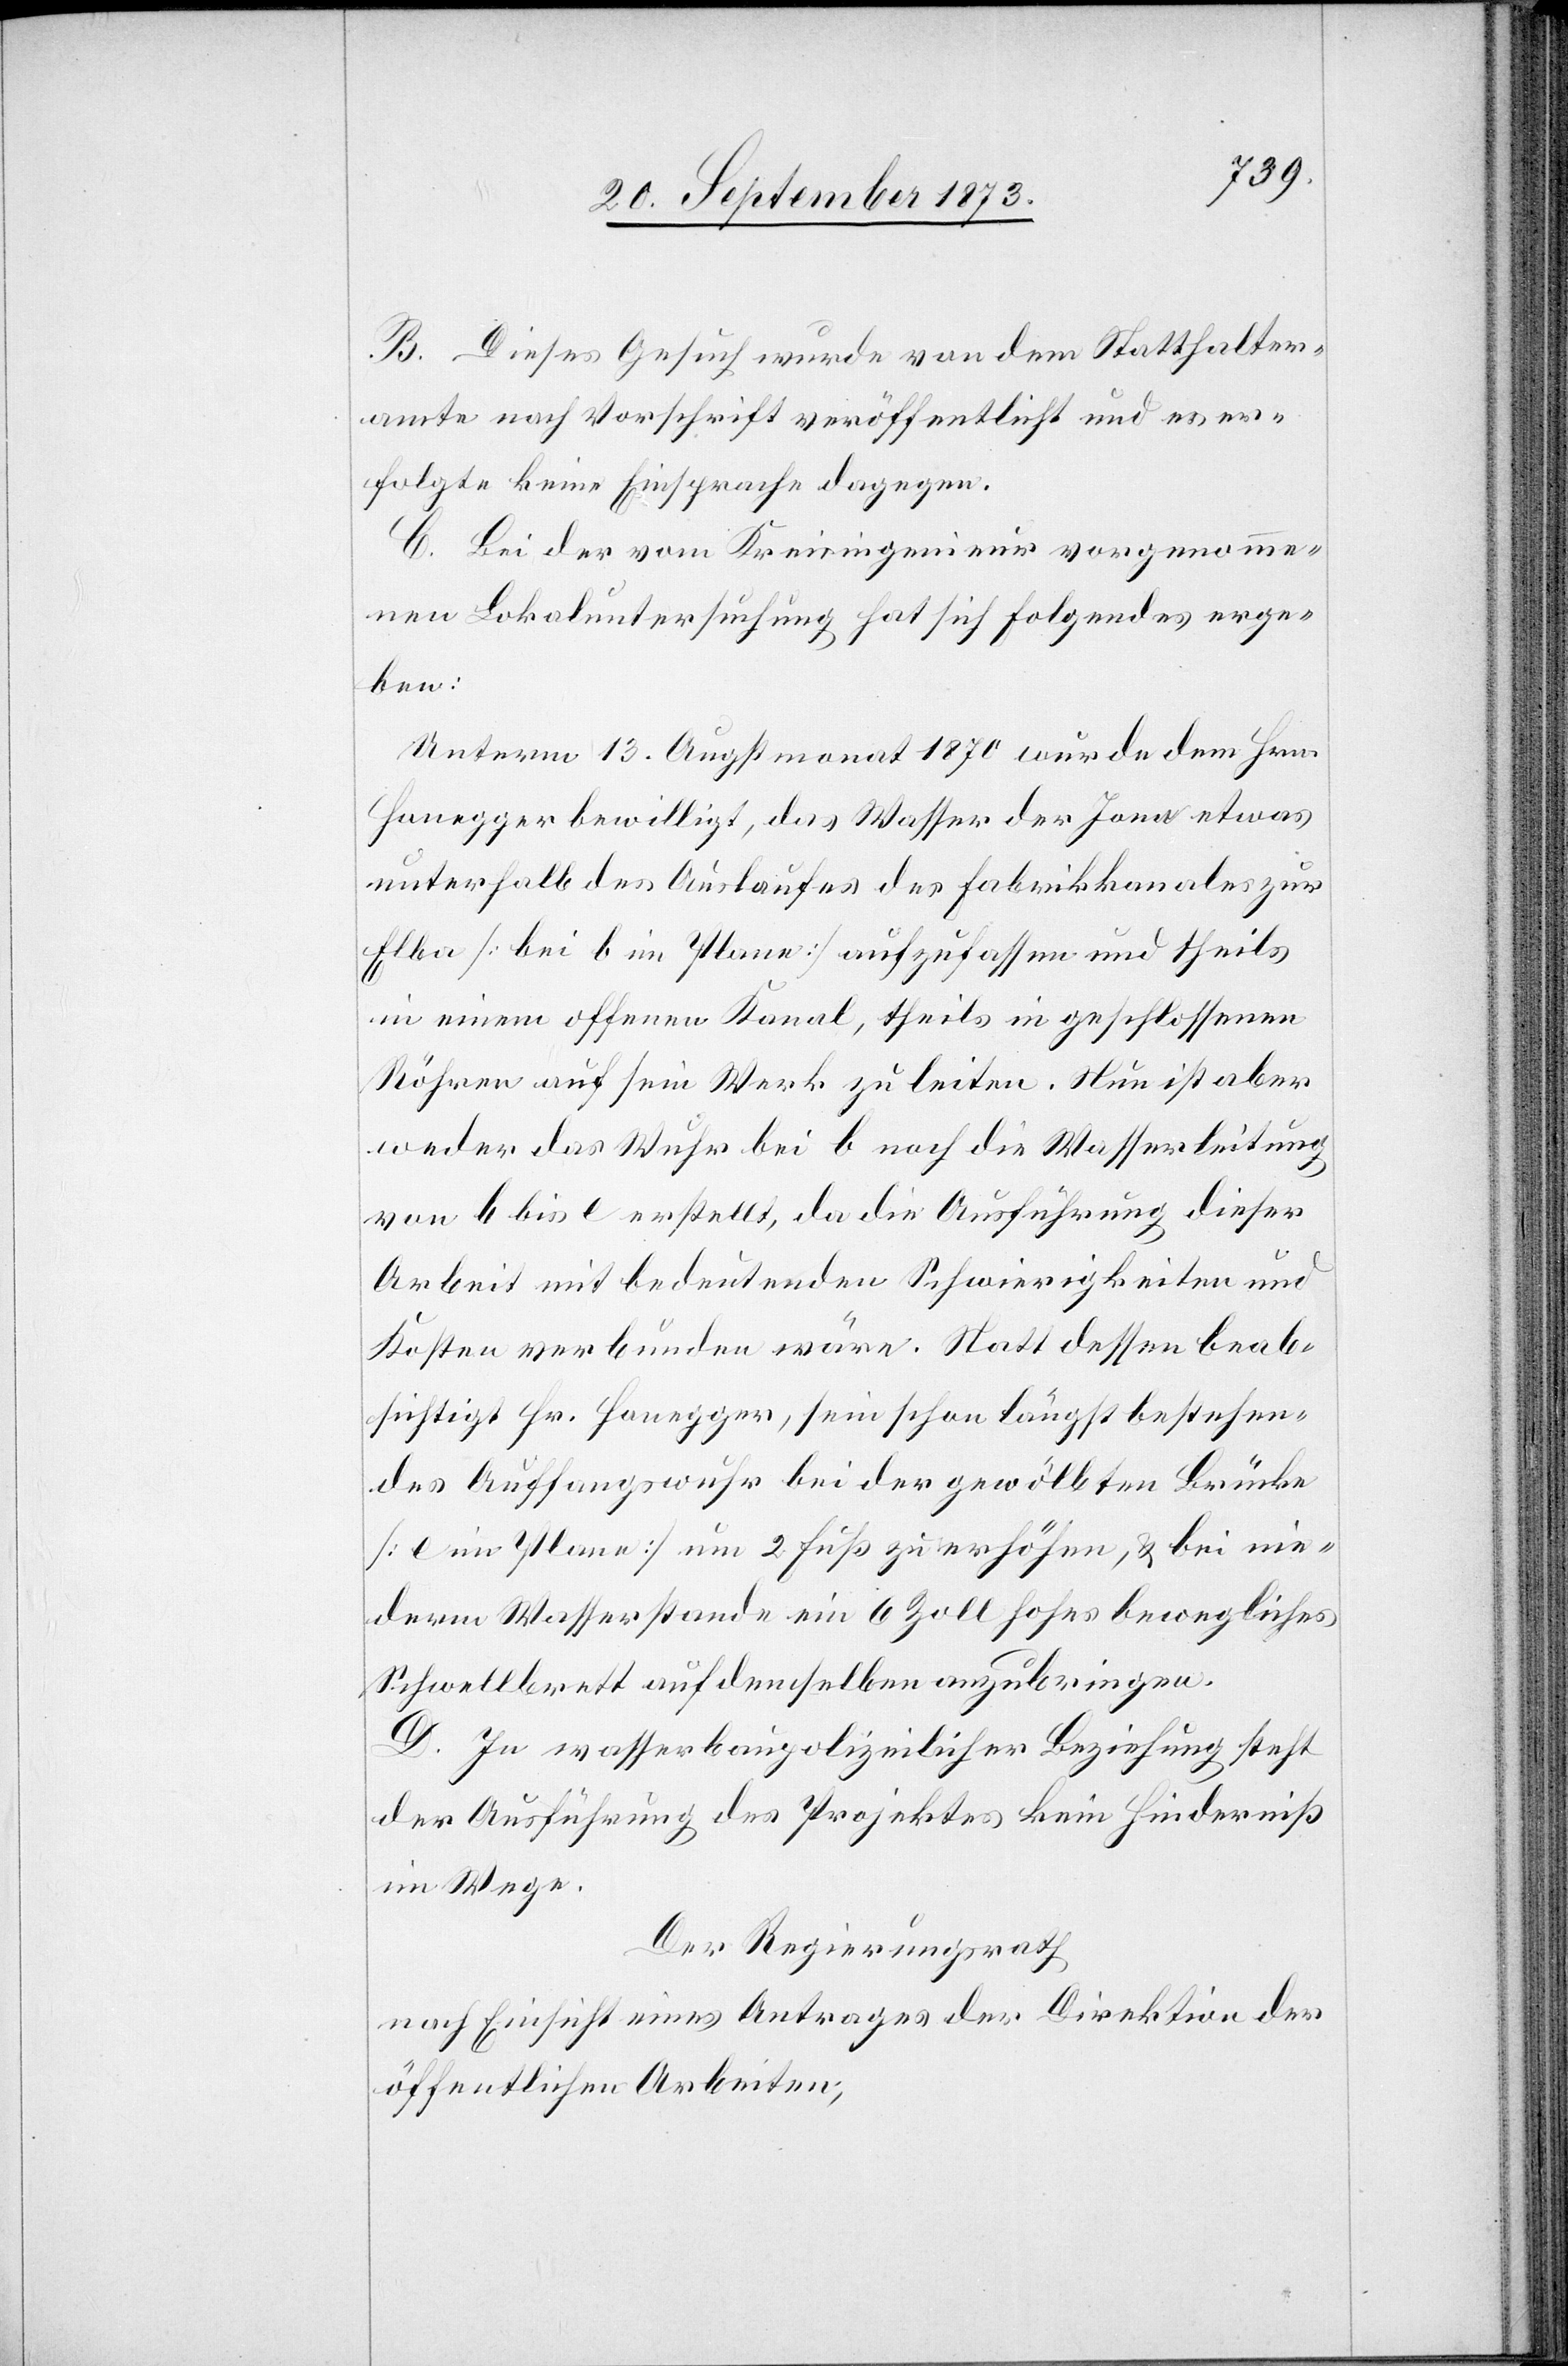
B. Dieses Gesuch wurde von dem Statthalter¬
amte nach Vorschrift veröffentlicht und es er¬
folgte keine Einsprache dagegen.
C. Bei der vom Kreisingenieur vorgenomme¬
nen Lokaluntersuchung hat sich folgendes erge¬
ben:
Unterm 13. Augstmonat 1870 wurde dem Hrn.
Honegger bewilligt, das Wasser der Jona etwas
unterhalb des Auslaufes des Fabrikkanales zur
Elba [bei b im Plane] aufzufassen und theils
in einem offenen Kanal, theils in geschlossenen
Röhren auf sein Werk zu leiten. Nun ist aber
weder das Wuhr bei b noch die Wasserleitung
von b bis c erstellt, da die Ausführung dieser
Arbeit mit bedeutenden Schwierigkeiten und
Kosten verbunden wäre. Statt dessen beab¬
sichtigt Hr. Honegger, sein schon längst bestehen¬
des Auffangswuhr bei der gewölbten Brücke
[e im Plane] um 2 Fuß zu erhöhen, & bei nie¬
derm Wasserstande ein 6 Zoll hohes bewegliches
Schwellbrett auf demselben anzubringen.
D. In wasserbaupolizeilicher Beziehung steht
der Ausführung des Projektes kein Hinderniß
im Wege.
Der Regierungsrath
nach Einsicht eines Antrages der Direktion der
öffentlichen Arbeiten,